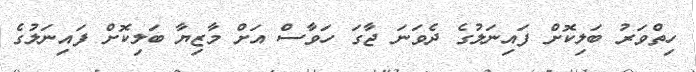
ހިތްވަރު ބަލިކޮށް ފައިނަލުގެ ދެވަނަ ޖާގަ ހަވާސް އަށް މާޒިޔާ ބަލިކޮށް ފަައިނަލުގެ